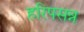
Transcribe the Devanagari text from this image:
हरिपसन्न